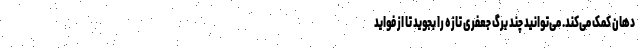
دهان کمک می‌کند. می‌توانید چند برگ جعفری تازه را بجوید تا از فواید